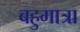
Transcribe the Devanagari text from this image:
बहुमात्रा